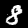
Digit: 8